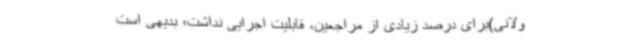
ولانی)برای درصد زیادی از مراجعین، قابلیت اجرایی نداشت؛ بدیهی است